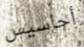
أحاسيس